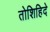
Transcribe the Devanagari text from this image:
तोशिहिदे